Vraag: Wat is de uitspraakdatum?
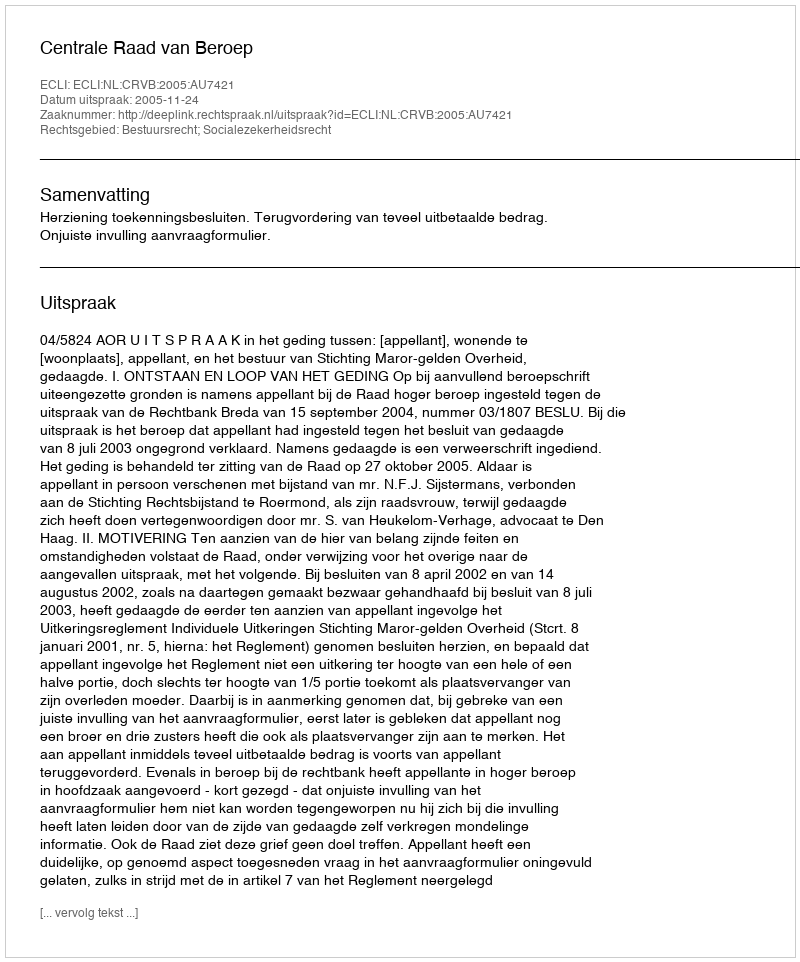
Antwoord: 2005-11-24